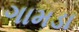
ગામડા